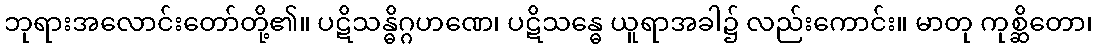
ဘုရားအလောင်းတော်တို့၏။ ပဋိသန္ဓိဂ္ဂဟဏေ၊ ပဋိသန္ဓေ ယူရာအခါ၌ လည်းကောင်း။ မာတု ကုစ္ဆိတော၊